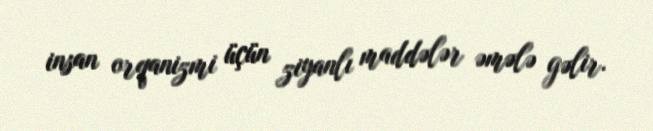
insan orqanizmi üçün ziyanlı maddələr əmələ gəlir.